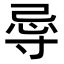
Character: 𭔲